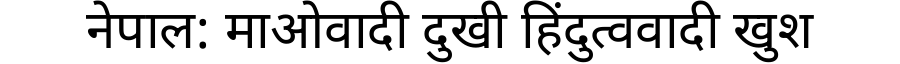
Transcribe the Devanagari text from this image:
नेपाल: माओवादी दुखी हिंदुत्ववादी खुश